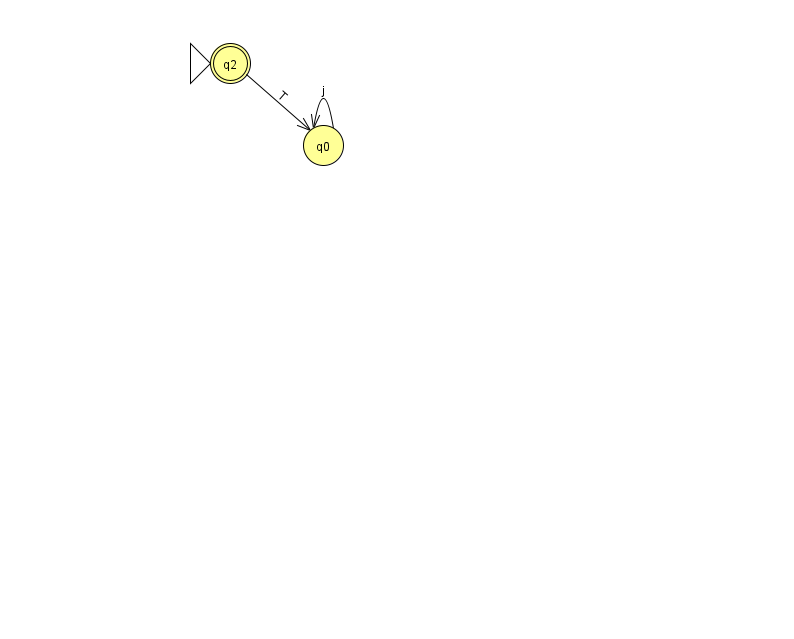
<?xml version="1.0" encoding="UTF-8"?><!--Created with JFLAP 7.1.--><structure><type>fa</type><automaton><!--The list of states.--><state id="0" name="q0"><x>323.0</x><y>132.0</y></state><state id="2" name="q2"><x>230.0</x><y>50.0</y><initial/><final/></state><!--The list of transitions.--><transition><from>2</from><to>0</to><read>T</read></transition><transition><from>0</from><to>0</to><read>j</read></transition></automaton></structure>